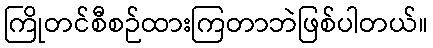
ကြိုတင်စီစဉ်ထားကြတာဘဲဖြစ်ပါတယ်။